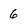
Character: 6